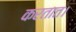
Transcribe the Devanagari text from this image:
करतात।